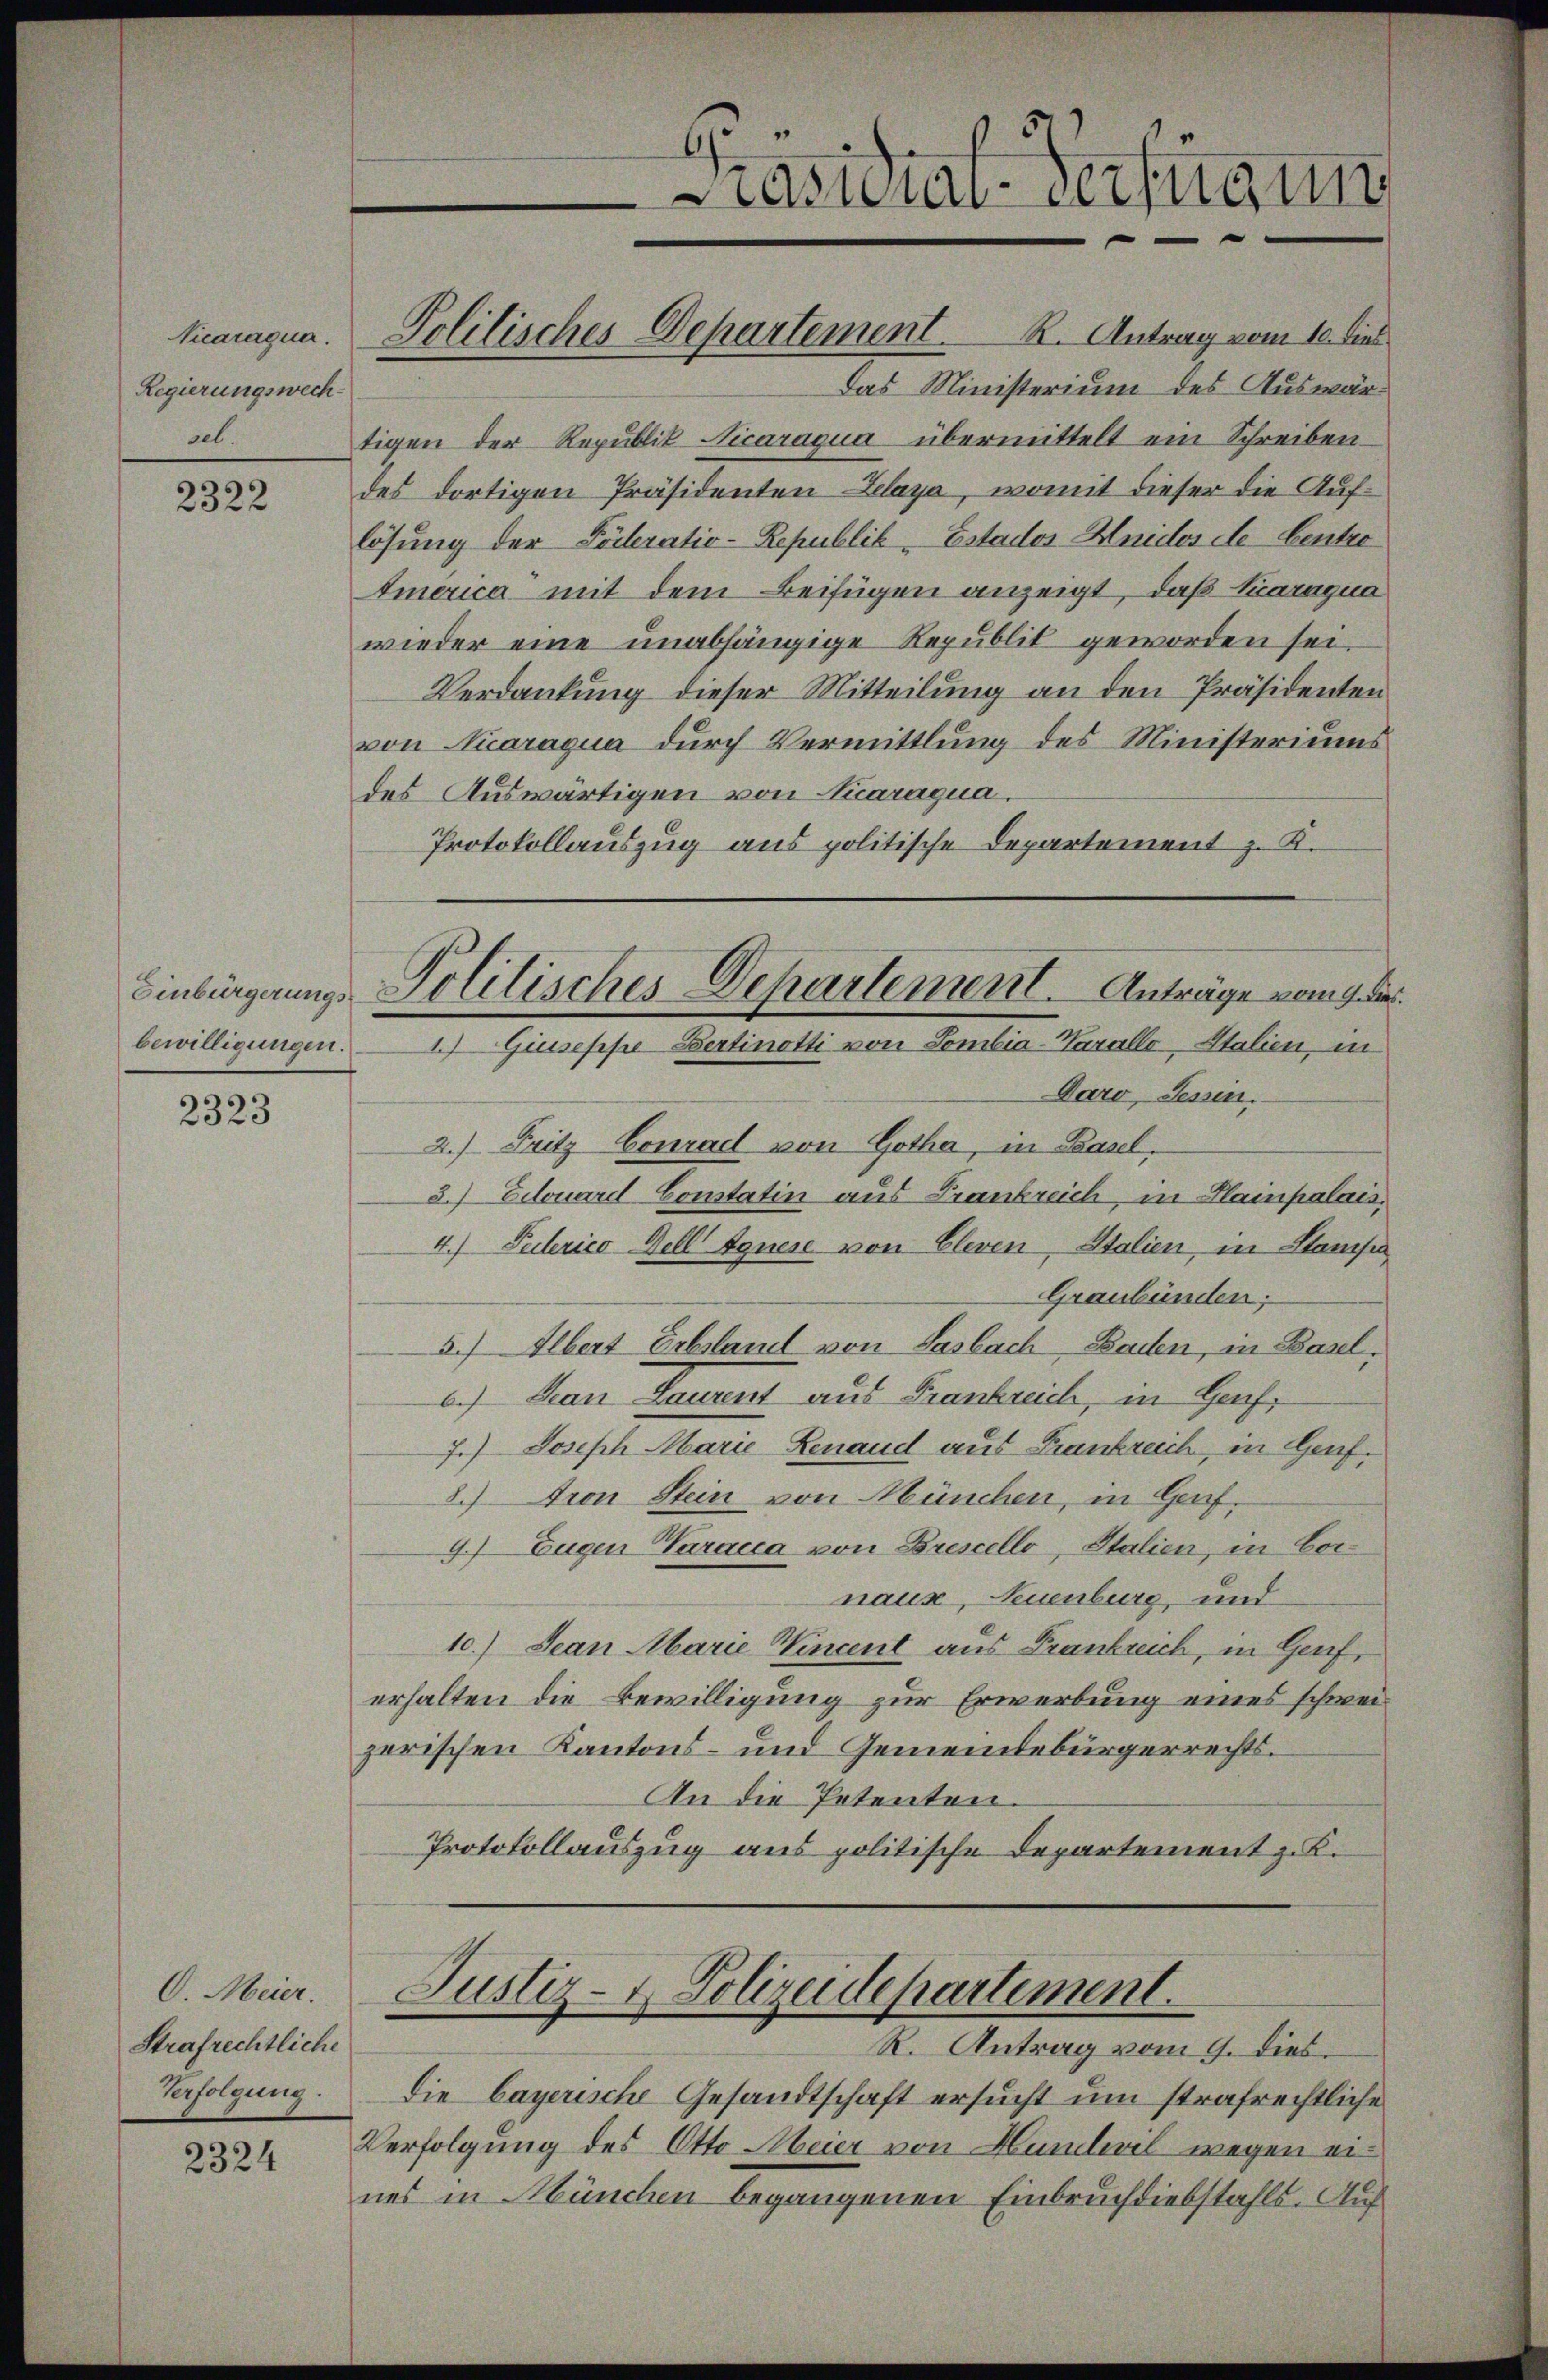
Vicaraqua.
Regierungswechsel.

2322

2323

O. Meier.
Strafrechtliche
Verfolgung.

2324

Politisches Departement. K. Antrag vom 10. dies

Lasten-Verfügung
e

Das Ministerium des Auswärtigen der Republik Nicaraqua übermittelt ein Schreiben
des dortigen Präsidenten Lelaya, womit dieser die Auflösung der Forteratio- Republik, Estador Heides de Centre
America“ mit dem Beifügen anzeigt, daß Karagua
wieder eine unabhängige Republit geworden sei,
Verdankung dieser Mitteilung an den Präsidenten
von Aaraqua durch Vermittlung des Ministeriums
des Auswärtigen von Aaragua.
Protokollauszug aus politische Departement z. K.
Daro, Tessin.
2.) Fritz Conrad von Gotha, in Basel,
3.) Eitouard Constatin aus Frankreich, in Hainpalais,
4.) Pelerico dell Agnese von Eleven, Italien, in Stampe
Graubünden;
5.) Albert Erbstand von Sasbach, Baden, in Basel,
6.) Jean Laurent aus Frankreich, in Genf,
7.) Joseph Marie Renaud aus Frankreich, in Genf.
8.) Tron Stein von München, in Genf.
9. Eugen Varacca von Brescello, Italien, in Cornaux, Neuenburg, und
10.) Jean Marie Vincent aus Frankreich, in Genf,
erhalten die Bewilligung zur Erwerbung eines schweizerischen Kantons- und Gemeindebürgerrechts¬
An die Petenten.
Protokollauszug aus politische Departement z. K.

Einbürgerungs Politisches Departement. Anträge vom 9. die
bewilligungen. 1) Giuseppe Bertinotti von Sombia-Warallo Stalien, in

Justiz- & Polizeidepartement.
R. Antrag vom 9. dies.

Die bayerische Gesandtschaft ersucht um strafrechtliche
Verfolgung des Otto Meier von Hunderel wegen eines in München begangenen Einbruchdiebstahls. Auf